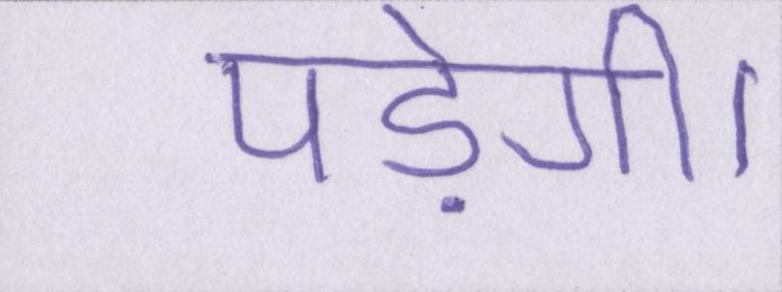
पड़ेगी।